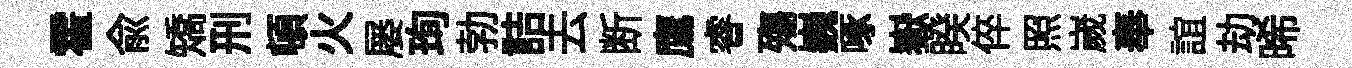
霍俞矯刑頓火屡珣勃詰去断鷹睿殤巍啄嶽睽倅照嵗奉誼劫晞